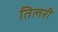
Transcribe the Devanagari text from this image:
तिलरी